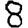
Digit: 8